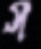
স